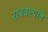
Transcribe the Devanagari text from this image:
राबवल्याने